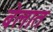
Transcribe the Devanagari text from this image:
बेलात